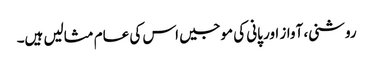
روشنی، آواز اور پانی کی موجیں اس کی عام مثالیں ہیں۔